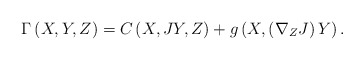
\begin{align*}\Gamma \left( X,Y,Z\right) =C\left( X,JY,Z\right) +g\left( X,\left( \nabla_{Z}J\right) Y\right) . \end{align*}